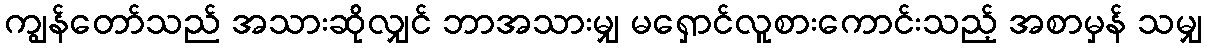
ကျွန်တော်သည် အသားဆိုလျှင် ဘာအသားမျှ မရှောင်လူစားကောင်းသည့် အစာမှန် သမျှ